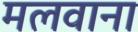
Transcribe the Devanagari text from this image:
मलवाना